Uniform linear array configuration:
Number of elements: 48
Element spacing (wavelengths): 1
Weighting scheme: hann
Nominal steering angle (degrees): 45
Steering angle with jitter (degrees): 43.253
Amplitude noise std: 0.05
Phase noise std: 0.05

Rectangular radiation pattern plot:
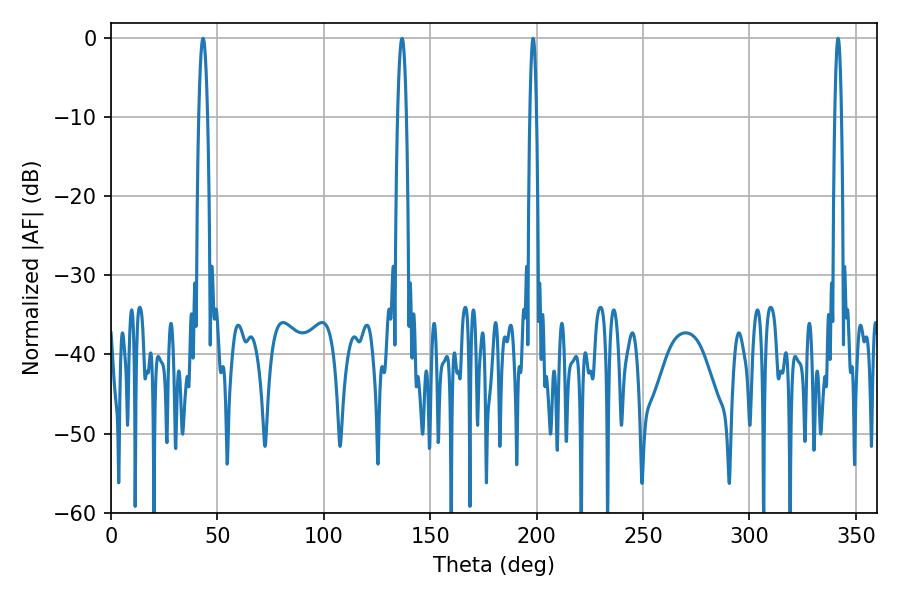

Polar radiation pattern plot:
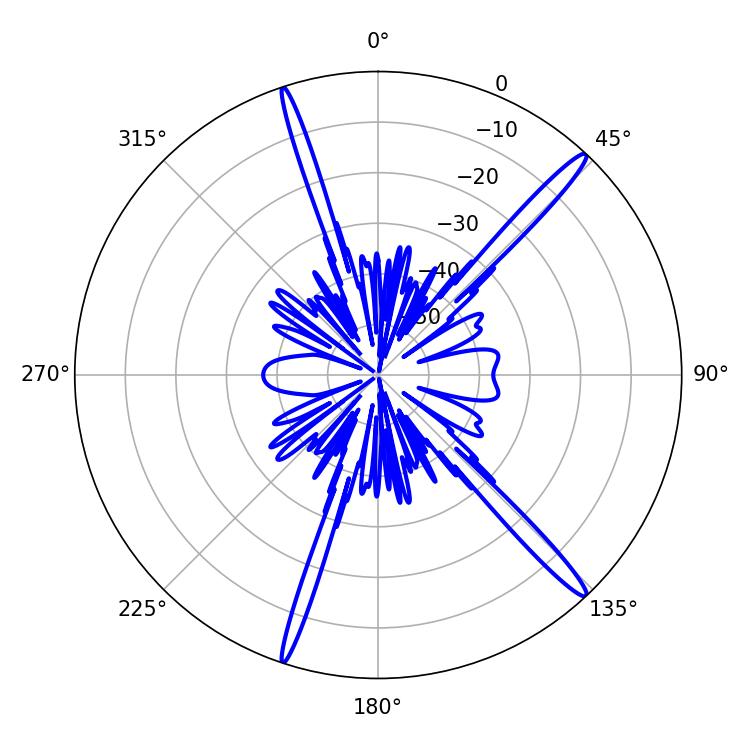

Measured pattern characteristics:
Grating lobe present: TRUE
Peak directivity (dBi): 17.113
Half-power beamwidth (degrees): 1.8
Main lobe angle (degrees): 198.36